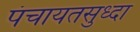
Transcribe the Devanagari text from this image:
पंचायतसुध्दा